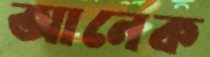
আনেক